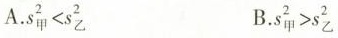
A.$$s_{甲}^{2}<s_{乙}^{2}$$ B.$$s_{甲}^{2}>s_{乙}^{2}$$